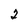
Character: 2